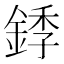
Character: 𬫥